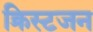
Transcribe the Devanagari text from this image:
क्रिस्टजन